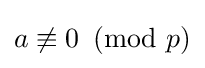
a\not \equiv 0\!\!\!{\pmod {p}}